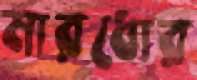
মারধোর